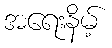
အရေးနိမ့်